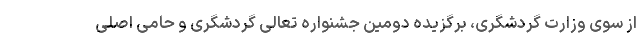
از سوی وزارت گردشگری، برگزیده دومین جشنواره تعالی گردشگری و حامی اصلی